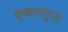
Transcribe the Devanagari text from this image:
कृषणगुप्त